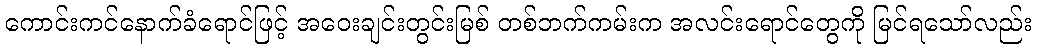
ကောင်းကင်နောက်ခံရောင်ဖြင့် အဝေးချင်းတွင်းမြစ် တစ်ဘက်ကမ်းက အလင်းရောင်တွေကို မြင်ရသော်လည်း